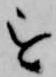
を